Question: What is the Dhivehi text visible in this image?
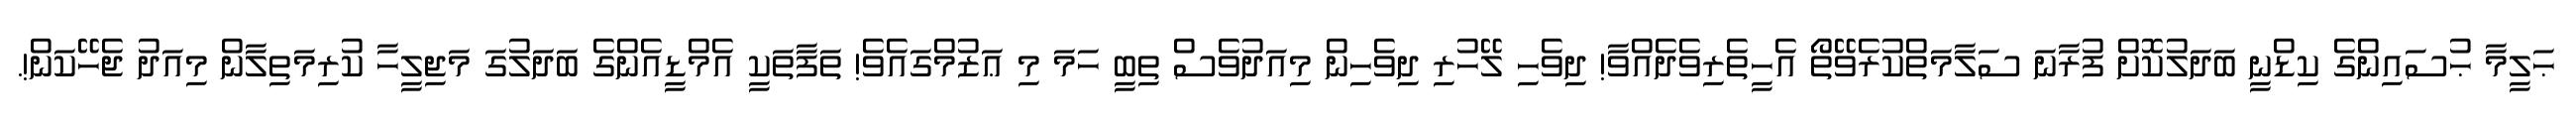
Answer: ޙަލީމާ ޙުސައިންގެ ކިޑްނީ ބަދަލުކޮށް ފުރާނަ ސަލާމަތްކުރެވޭތޯ އެހީތެރިވެދެއްވާ! ދިވެހި ލޭހުރި ދިވެހިން މިއަދުވެސް ތިބީ ހަމަ މި ޢަޒުމްގައެވެ! ތަފާތަކީ އެމްޑީއެންގެ ބަދަލުގަ މަޖިލީހާ ކުރިމަތިލާން މިއަދު ޖެހޭކަން!.